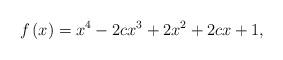
LaTeX: \begin{align*}f\left( x\right) =x^{4}-2cx^{3}+2x^{2}+2cx+1,\end{align*}